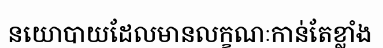
នយោបាយដែលមានលក្ខណៈកាន់តែខ្លាំង